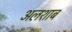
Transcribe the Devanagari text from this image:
अलशाब